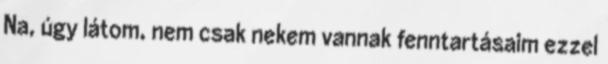
Na, úgy látom, nem csak nekem vannak fenntartásaim ezzel